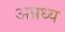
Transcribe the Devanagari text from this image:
अप्रध्य